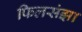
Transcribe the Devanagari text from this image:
फिलसंझा